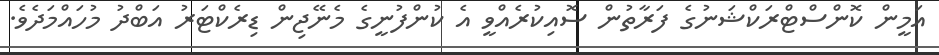
އަމީން ކޮންސްޓްރަކްޝަނުގެ ފަރާތުން ސޮއިކުރެއްވީ އެ ކުންފުނީގެ މެނޭޖިން ޑިރެކްޓަރު އަބްދު މުހައްމަދެވެ.